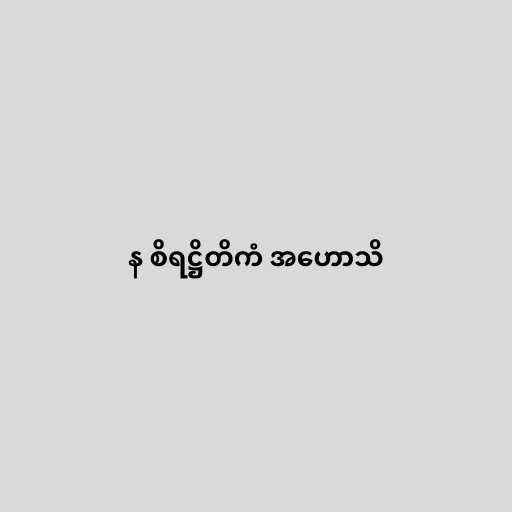
န စိရဋ္ဌိတိကံ အဟောသိ